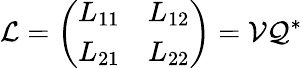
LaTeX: \mathcal{L}=\left(\begin{array}{ll}{L_{11}}&{L_{12}}\\ {L_{21}}&{L_{22}}\end{array}\right)=\mathcal{V}\mathcal{Q}^{*}